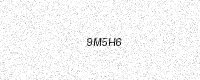
Text: 9M5H6